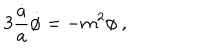
3 { \frac { \dot { a } } { a } } \dot { \phi } = - { m ^ { 2 } \phi } \ ,